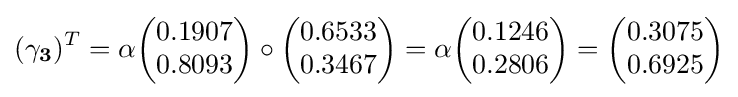
(\mathbf {\gamma _{3}} )^{T}=\alpha {\begin{pmatrix}0.1907\\0.8093\end{pmatrix}}\circ {\begin{pmatrix}0.6533\\0.3467\end{pmatrix}}=\alpha {\begin{pmatrix}0.1246\\0.2806\end{pmatrix}}={\begin{pmatrix}0.3075\\0.6925\end{pmatrix}}